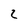
Character: 2